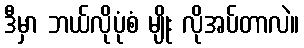
ဒီမှာ ဘယ်လိုပုံစံ မျိုး လိုအပ်တာလဲ။